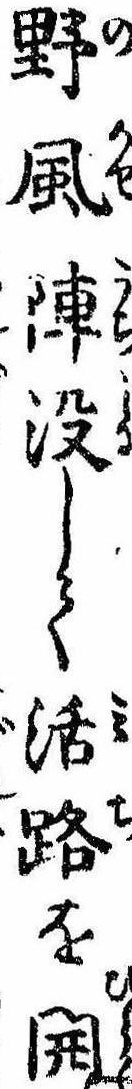
野風陣没して活路を開